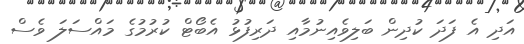
އަދި އެ ފަދަ ކުދިން ބަލިވެއިނުމާއި ދަރިފުޅު އެބޯޓް ކުރުމުގެ މައްސަލަ ވެސް